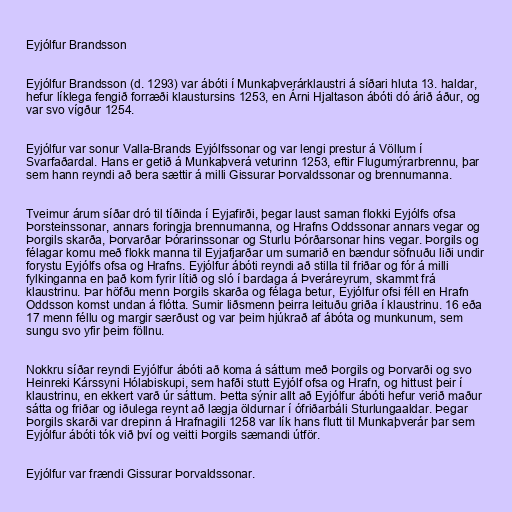
Eyjólfur Brandsson

Eyjólfur Brandsson (d. 1293) var ábóti í Munkaþverárklaustri á síðari hluta 13. haldar,
hefur líklega fengið forræði klaustursins 1253, en Árni Hjaltason ábóti dó árið áður, og
var svo vígður 1254.

Eyjólfur var sonur Valla-Brands Eyjólfssonar og var lengi prestur á Völlum í
Svarfaðardal. Hans er getið á Munkaþverá veturinn 1253, eftir Flugumýrarbrennu, þar
sem hann reyndi að bera sættir á milli Gissurar Þorvaldssonar og brennumanna.

Tveimur árum síðar dró til tíðinda í Eyjafirði, þegar laust saman flokki Eyjólfs ofsa
Þorsteinssonar, annars foringja brennumanna, og Hrafns Oddssonar annars vegar og
Þorgils skarða, Þorvarðar Þórarinssonar og Sturlu Þórðarsonar hins vegar. Þorgils og
félagar komu með flokk manna til Eyjafjarðar um sumarið en bændur söfnuðu liði undir
forystu Eyjólfs ofsa og Hrafns. Eyjólfur ábóti reyndi að stilla til friðar og fór á milli
fylkinganna en það kom fyrir lítið og sló í bardaga á Þveráreyrum, skammt frá
klaustrinu. Þar höfðu menn Þorgils skarða og félaga betur, Eyjólfur ofsi féll en Hrafn
Oddsson komst undan á flótta. Sumir liðsmenn þeirra leituðu griða í klaustrinu. 16 eða
17 menn féllu og margir særðust og var þeim hjúkrað af ábóta og munkunum, sem
sungu svo yfir þeim föllnu.

Nokkru síðar reyndi Eyjólfur ábóti að koma á sáttum með Þorgils og Þorvarði og svo
Heinreki Kárssyni Hólabiskupi, sem hafði stutt Eyjólf ofsa og Hrafn, og hittust þeir í
klaustrinu, en ekkert varð úr sáttum. Þetta sýnir allt að Eyjólfur ábóti hefur verið maður
sátta og friðar og iðulega reynt að lægja öldurnar í ófriðarbáli Sturlungaaldar. Þegar
Þorgils skarði var drepinn á Hrafnagili 1258 var lík hans flutt til Munkaþverár þar sem
Eyjólfur ábóti tók við því og veitti Þorgils sæmandi útför.

Eyjólfur var frændi Gissurar Þorvaldssonar.